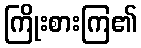
ကြိုးစားကြ၏